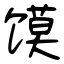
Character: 馍